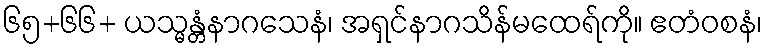
၆၅+၆၆+ ယသ္မန္တံနာဂသေနံ၊ အရှင်နာဂသိန်မထေရ်ကို။ ဧတံဝစနံ၊